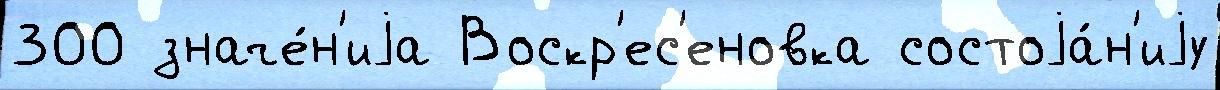
300 значе́н'иjа Воскр'ес'еновка состоjа́н'иjу